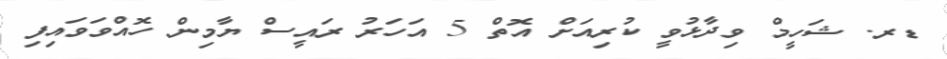
ޑރ. ޝަހީމް ވިދާޅުވީ ކުރިއަށް އޮތް 5 އަހަރު ރައީސް ޔާމިން ހޮއްވަވައިފި